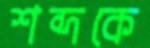
শব্দকে